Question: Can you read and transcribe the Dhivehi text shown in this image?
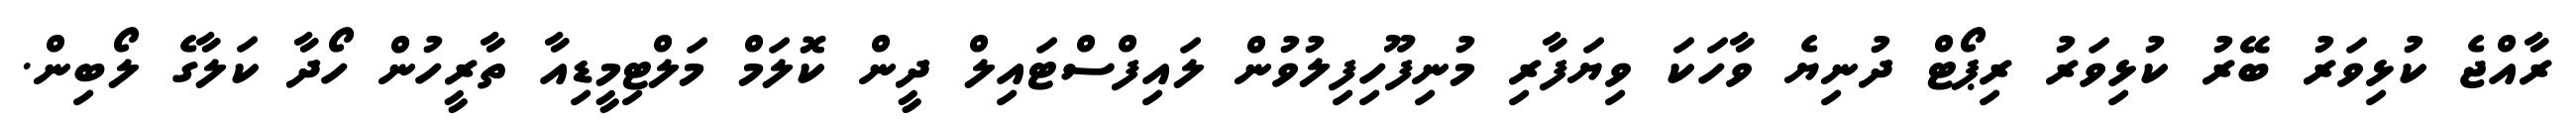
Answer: ރާއްޖެ ކުޅިވަރު ބޭރު ކުޅިވަރު ރިޕޯޓް ދުނިޔެ ވާހަކަ ވިޔަފާރި މުނިފޫހިފިލުވުން ލައިފްސްޓައިލް ދީން ކޮލަމް މަލްޓިމީޑިއާ ތާރީހުން ހޯދާ ކަލާގެ ލޯބިން.